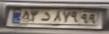
۵۳د۸۷۹۹۹